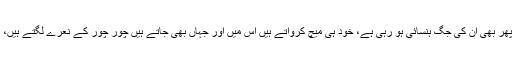
انھوں نے مزید کہا کہ پچیس سال سے ن لیگ حکومت میں ہے پھر بھی ان کی جگ ہنسائی ہو رہی ہے، خود ہی میچ کرواتے ہیں اس میں اور جہاں بھی جاتے ہیں چور چور کے نعرے لگتے ہیں، ایسی دولت اور حکمرانی کا کیا فائدہ جس میں عزت ہی نہ رہے۔